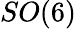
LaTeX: SO(6)